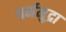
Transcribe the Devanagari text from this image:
धर्ममुद्रा